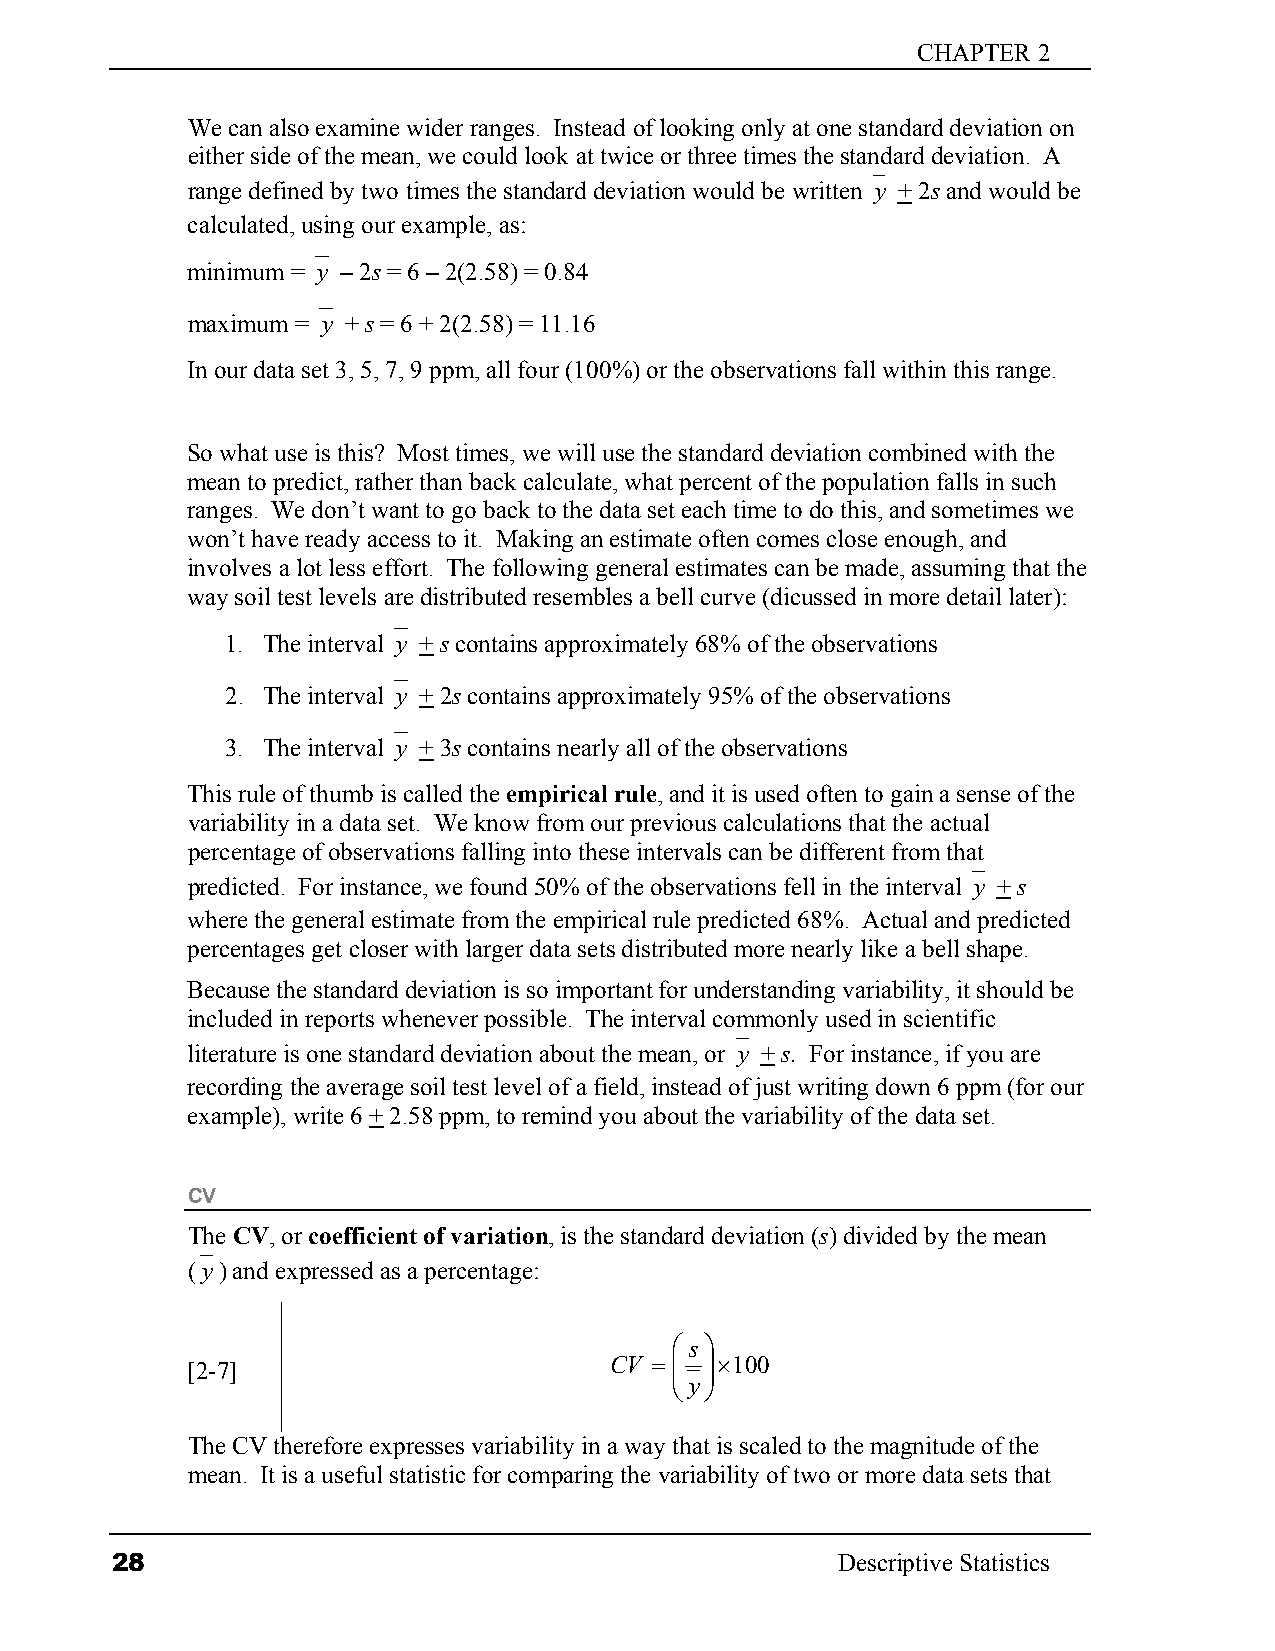
CHAPTER 2
 We can also examine wider ranges. Instead of looking only at one standard deviation on
 either side of the mean, we could look at twice or three times the standard deviation. A
 range defined by two times the standard deviation would be written y + 2s and would be
 calculated, using our example, as:
 minimum = y – 2s = 6 – 2(2.58) = 0.84
 maximum = y + s = 6 + 2(2.58) = 11.16
 In our data set 3, 5, 7, 9 ppm, all four (100%) or the observations fall within this range.
 So what use is this? Most times, we will use the standard deviation combined with the
 mean to predict, rather than back calculate, what percent of the population falls in such
 ranges. We don’t want to go back to the data set each time to do this, and sometimes we
 won’t have ready access to it. Making an estimate often comes close enough, and
 involves a lot less effort. The following general estimates can be made, assuming that the
 way soil test levels are distributed resembles a bell curve (dicussed in more detail later):
 1. The interval y + s contains approximately 68% of the observations
 2. The interval y + 2s contains approximately 95% of the observations
 3. The interval y + 3s contains nearly all of the observations
 This rule of thumb is called the empirical rule, and it is used often to gain a sense of the
 variability in a data set. We know from our previous calculations that the actual
 percentage of observations falling into these intervals can be different from that
 predicted. For instance, we found 50% of the observations fell in the interval y + s
 where the general estimate from the empirical rule predicted 68%. Actual and predicted
 percentages get closer with larger data sets distributed more nearly like a bell shape.
 Because the standard deviation is so important for understanding variability, it should be
 included in reports whenever possible. The interval commonly used in scientific
 literature is one standard deviation about the mean, or y + s. For instance, if you are
 recording the average soil test level of a field, instead of just writing down 6 ppm (for our
 example), write 6 + 2.58 ppm, to remind you about the variability of the data set.
 CV
 The CV, or coefficient of variation, is the standard deviation (s) divided by the mean
 (y) and expressed as a percentage:
  s 
 [2-7]                       CV =  ×100
  y
 The CV therefore expresses variability in a way that is scaled to the magnitude of the
 mean. It is a useful statistic for comparing the variability of two or more data sets that
 28                                              Descriptive Statistics